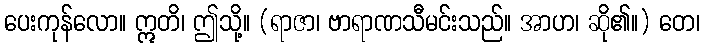
ပေးကုန်လော။ ဣတိ၊ ဤသို့။ (ရာဇာ၊ ဗာရာဏသီမင်းသည်။ အာဟ၊ ဆို၏။) တေ၊